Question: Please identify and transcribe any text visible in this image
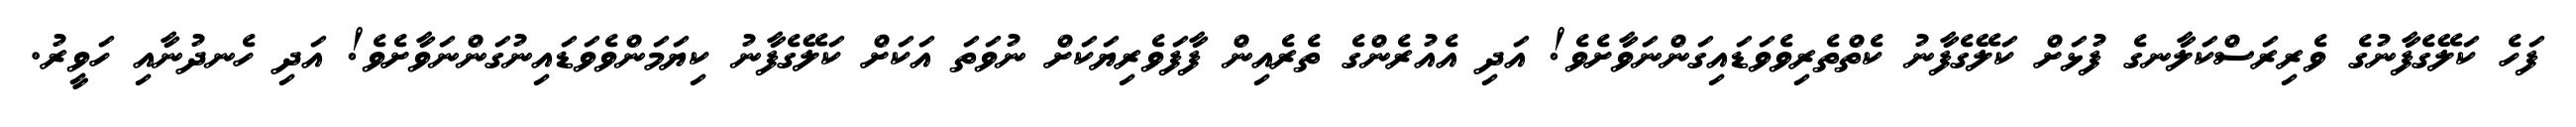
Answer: ފަހެ ކަލޭގެފާނުގެ ވެރިރަސްކަލާނގެ ފުޅަށް ކަލޭގެފާނު ކެތްތެރިވެވަޑައިގަންނަވާށެވެ! އަދި އެއުރެންގެ ތެރެއިން ފާފަވެރިޔަކަށް ނުވަތަ އަކަށް ކަލޭގެފާނު ކިޔަމަންވެވަޑައިނުގަންނަވާށެވެ! އަދި ހެނދުނާއި ހަވީރު.